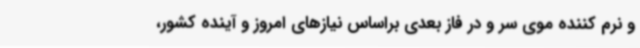
و نرم کننده موی سر و در فاز بعدی براساس نیازهای امروز و آینده کشور،